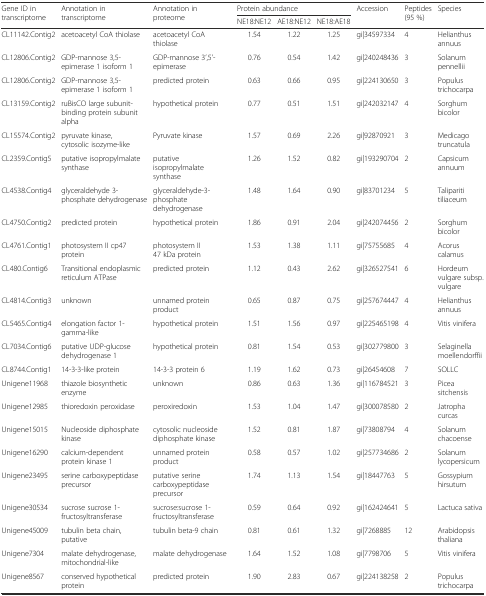
<table><thead><tr><td rowspan="2"><b>Gene ID in transcriptome</b></td><td rowspan="2"><b>Annotation in transcriptome</b></td><td rowspan="2"><b>Annotation in proteome</b></td><td colspan="3"><b>Protein abundance</b></td><td rowspan="2"><b>Accession</b></td><td rowspan="2"><b>Peptides (95 %)</b></td><td rowspan="2"><b>Species</b></td></tr><tr><td><b>NE18:NE12</b></td><td><b>AE18:NE12</b></td><td><b>NE18:AE18</b></td></tr></thead><tbody><tr><td>CL11142.Contig2</td><td>acetoacetyl CoA thiolase</td><td>acetoacetyl CoA thiolase</td><td>1.54</td><td>1.22</td><td>1.25</td><td>gi|34597334</td><td>4</td><td>Helianthus annuus</td></tr><tr><td>CL12806.Contig2</td><td>GDP-mannose 3,5-epimerase 1 isoform 1</td><td>GDP-mannose 3’,5’-epimerase</td><td>0.76</td><td>0.54</td><td>1.42</td><td>gi|240248436</td><td>3</td><td>Solanum pennellii</td></tr><tr><td>CL12806.Contig2</td><td>GDP-mannose 3,5-epimerase 1 isoform 1</td><td>predicted protein</td><td>0.63</td><td>0.66</td><td>0.95</td><td>gi|224130650</td><td>3</td><td>Populus trichocarpa</td></tr><tr><td>CL13159.Contig2</td><td>ruBisCO large subunit-binding protein subunit alpha</td><td>hypothetical protein</td><td>0.77</td><td>0.51</td><td>1.51</td><td>gi|242032147</td><td>4</td><td>Sorghum bicolor</td></tr><tr><td>CL15574.Contig2</td><td>pyruvate kinase, cytosolic isozyme-like</td><td>Pyruvate kinase</td><td>1.57</td><td>0.69</td><td>2.26</td><td>gi|92870921</td><td>3</td><td>Medicago truncatula</td></tr><tr><td>CL2359.Contig5</td><td>putative isopropylmalate synthase</td><td>putative isopropylmalate synthase</td><td>1.26</td><td>1.52</td><td>0.82</td><td>gi|193290704</td><td>2</td><td>Capsicum annuum</td></tr><tr><td>CL4538.Contig4</td><td>glyceraldehyde 3-phosphate dehydrogenase</td><td>glyceraldehyde-3-phosphate dehydrogenase</td><td>1.48</td><td>1.64</td><td>0.90</td><td>gi|83701234</td><td>5</td><td>Talipariti tiliaceum</td></tr><tr><td>CL4750.Contig2</td><td>predicted protein</td><td>hypothetical protein</td><td>1.86</td><td>0.91</td><td>2.04</td><td>gi|242074456</td><td>2</td><td>Sorghum bicolor</td></tr><tr><td>CL4761.Contig1</td><td>photosystem II cp47 protein</td><td>photosystem II 47 kDa protein</td><td>1.53</td><td>1.38</td><td>1.11</td><td>gi|75755685</td><td>4</td><td>Acorus calamus</td></tr><tr><td>CL480.Contig6</td><td>Transitional endoplasmic reticulum ATPase</td><td>predicted protein</td><td>1.12</td><td>0.43</td><td>2.62</td><td>gi|326527541</td><td>6</td><td>Hordeum vulgare subsp. vulgare</td></tr><tr><td>CL4814.Contig3</td><td>unknown</td><td>unnamed protein product</td><td>0.65</td><td>0.87</td><td>0.75</td><td>gi|257674447</td><td>4</td><td>Helianthus annuus</td></tr><tr><td>CL5465.Contig4</td><td>elongation factor 1-gamma-like</td><td>hypothetical protein</td><td>1.51</td><td>1.56</td><td>0.97</td><td>gi|225465198</td><td>4</td><td>Vitis vinifera</td></tr><tr><td>CL7034.Contig6</td><td>putative UDP-glucose dehydrogenase 1</td><td>hypothetical protein</td><td>0.81</td><td>1.54</td><td>0.53</td><td>gi|302779800</td><td>3</td><td>Selaginella moellendorffii</td></tr><tr><td>CL8744.Contig1</td><td>14-3-3-like protein</td><td>14-3-3 protein 6</td><td>1.19</td><td>1.62</td><td>0.73</td><td>gi|26454608</td><td>7</td><td>SOLLC</td></tr><tr><td>Unigene11968</td><td>thiazole biosynthetic enzyme</td><td>unknown</td><td>0.86</td><td>0.63</td><td>1.36</td><td>gi|116784521</td><td>3</td><td>Picea sitchensis</td></tr><tr><td>Unigene12985</td><td>thioredoxin peroxidase</td><td>peroxiredoxin</td><td>1.53</td><td>1.04</td><td>1.47</td><td>gi|300078580</td><td>2</td><td>Jatropha curcas</td></tr><tr><td>Unigene15015</td><td>Nucleoside diphosphate kinase</td><td>cytosolic nucleoside diphosphate kinase</td><td>1.52</td><td>0.81</td><td>1.87</td><td>gi|73808794</td><td>4</td><td>Solanum chacoense</td></tr><tr><td>Unigene16290</td><td>calcium-dependent protein kinase 1</td><td>unnamed protein product</td><td>0.58</td><td>0.57</td><td>1.02</td><td>gi|257734686</td><td>2</td><td>Solanum lycopersicum</td></tr><tr><td>Unigene23495</td><td>serine carboxypeptidase precursor</td><td>putative serine carboxypeptidase precursor</td><td>1.74</td><td>1.13</td><td>1.54</td><td>gi|18447763</td><td>5</td><td>Gossypium hirsutum</td></tr><tr><td>Unigene30534</td><td>sucrose sucrose 1-fructosyltransferase</td><td>sucrose:sucrose 1-fructosyltransferase</td><td>0.59</td><td>0.64</td><td>0.92</td><td>gi|162424641</td><td>5</td><td>Lactuca sativa</td></tr><tr><td>Unigene45009</td><td>tubulin beta chain, putative</td><td>tubulin beta-9 chain</td><td>0.81</td><td>0.61</td><td>1.32</td><td>gi|7268885</td><td>12</td><td>Arabidopsis thaliana</td></tr><tr><td>Unigene7304</td><td>malate dehydrogenase, mitochondrial-like</td><td>malate dehydrogenase</td><td>1.64</td><td>1.52</td><td>1.08</td><td>gi|7798706</td><td>5</td><td>Vitis vinifera</td></tr><tr><td>Unigene8567</td><td>conserved hypothetical protein</td><td>predicted protein</td><td>1.90</td><td>2.83</td><td>0.67</td><td>gi|224138258</td><td>2</td><td>Populus trichocarpa</td></tr></tbody></table>